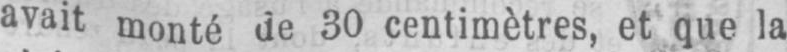
avait monté de 30 centimètres, et que la